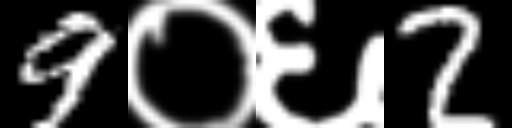
Text: 9०६2